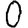
Digit: 0